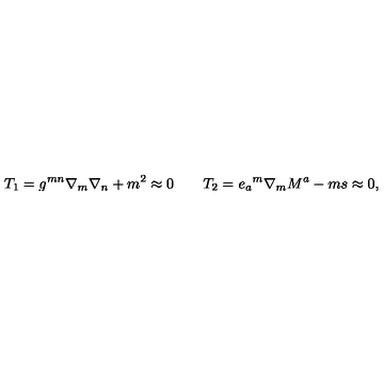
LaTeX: T _ { 1 } = g ^ { m n } \nabla _ { m } \nabla _ { n } + m ^ { 2 } \approx 0 \qquad T _ { 2 } = { e _ { a } } ^ { m } \nabla _ { m } M ^ { a } - m s \approx 0 ,